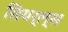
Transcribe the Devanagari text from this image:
सियर्ल्स